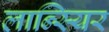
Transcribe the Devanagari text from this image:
लान्स्यिर